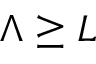
\Lambda \ge L